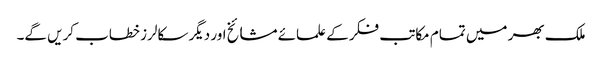
ملک بھر میں تمام مکاتب فکر کے علمائے مشائخ اور دیگر سکالرز خطاب کریں گے۔